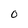
Character: O